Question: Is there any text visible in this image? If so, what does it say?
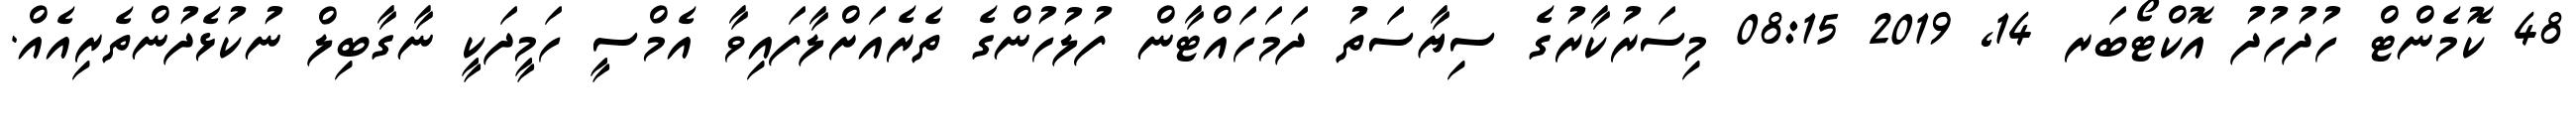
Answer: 48 ކޮމެންޓް ހުދުހުދު އޮކްޓޯބަރ 14, 2019 08:15 މިސަރުކާރުގެ ސިޔާސަތު ދަމަހައްޓާން ފުލުހުންގެ ތެރެއަށްލާފައިވާ އެމްސީ ހަމީދަކީ ނާގާބިލް ނުކުޅެދުންތެރިއެއް.